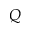
Q